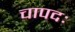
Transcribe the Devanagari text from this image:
चापदः